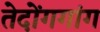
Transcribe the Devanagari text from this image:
तेदोंगगांग